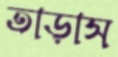
তাড়াস